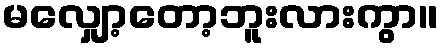
မလျှော့တော့ဘူးလားကွာ။